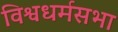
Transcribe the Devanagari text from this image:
विश्वधर्मसभा